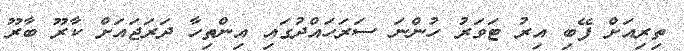
ތިރިއަށް ފޭބި އިރު ޓަވަރު ހުންނަ ސަރަހައްދުގައި އިންތިހާ ދަރަޖައަށް ކާރޫ ބާރޫ